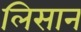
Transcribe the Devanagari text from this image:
लिसान